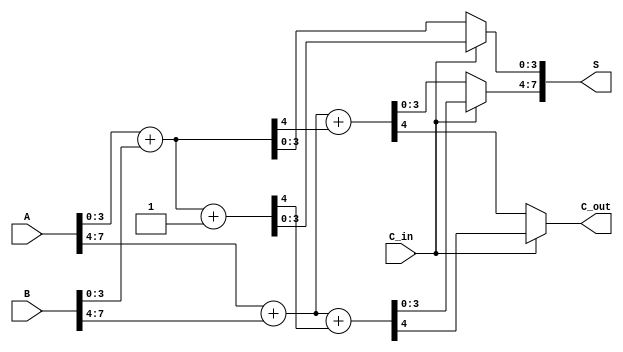
module CarrySelectAdder #(parameter N = 8, BLOCK_SIZE = 4) (
    input [N-1:0] A,
    input [N-1:0] B,
    input C_in,
    output [N-1:0] S,
    output C_out
);

    // Split the inputs into blocks
    wire [BLOCK_SIZE-1:0] A0 = A[BLOCK_SIZE-1:0];
    wire [BLOCK_SIZE-1:0] A1 = A[N-1:BLOCK_SIZE];
    wire [BLOCK_SIZE-1:0] B0 = B[BLOCK_SIZE-1:0];
    wire [BLOCK_SIZE-1:0] B1 = B[N-1:BLOCK_SIZE];

    // Intermediate signals for C_in = 0
    wire [BLOCK_SIZE-1:0] S0, S1;
    wire C0, C1;

    // Intermediate signals for C_in = 1
    wire [BLOCK_SIZE-1:0] S0p, S1p;
    wire C0p, C1p;

    // Compute sums and carry-outs for C_in = 0
    assign {C0, S0} = A0 + B0; // Block 0
    assign {C1, S1} = A1 + B1 + C0; // Block 1

    // Compute sums and carry-outs for C_in = 1
    assign {C0p, S0p} = A0 + B0 + 1'b1; // Block 0
    assign {C1p, S1p} = A1 + B1 + C0p; // Block 1

    // Final selection of sums and carry-out
    assign S = {C_in ? S1p : S1, C_in ? S0p : S0};
    assign C_out = C_in ? C1p : C1;

endmodule